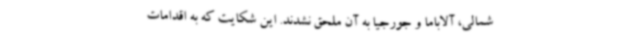
شمالی، آلاباما و جورجیا به آن ملحق نشدند. این شکایت که به اقدامات